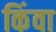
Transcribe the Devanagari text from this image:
किंवा